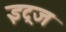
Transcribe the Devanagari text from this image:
इट्रज